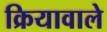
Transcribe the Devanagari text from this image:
क्रियावाले